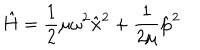
LaTeX: \hat { H } = \frac { 1 } { 2 } \mu \omega ^ { 2 } \hat { \mathbf x } ^ { 2 } + \frac { 1 } { 2 \mu } \hat { \mathbf p } ^ { 2 }